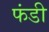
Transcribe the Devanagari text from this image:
फंडी